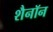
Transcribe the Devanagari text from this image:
शैनॉन